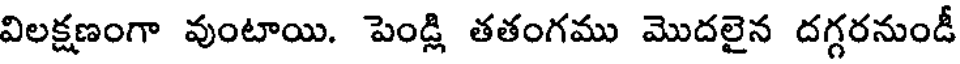
విలక్షణంగా వుంటాయి. పెండ్లి తతంగము మొదలైన దగ్గరనుండీ